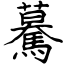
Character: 驀